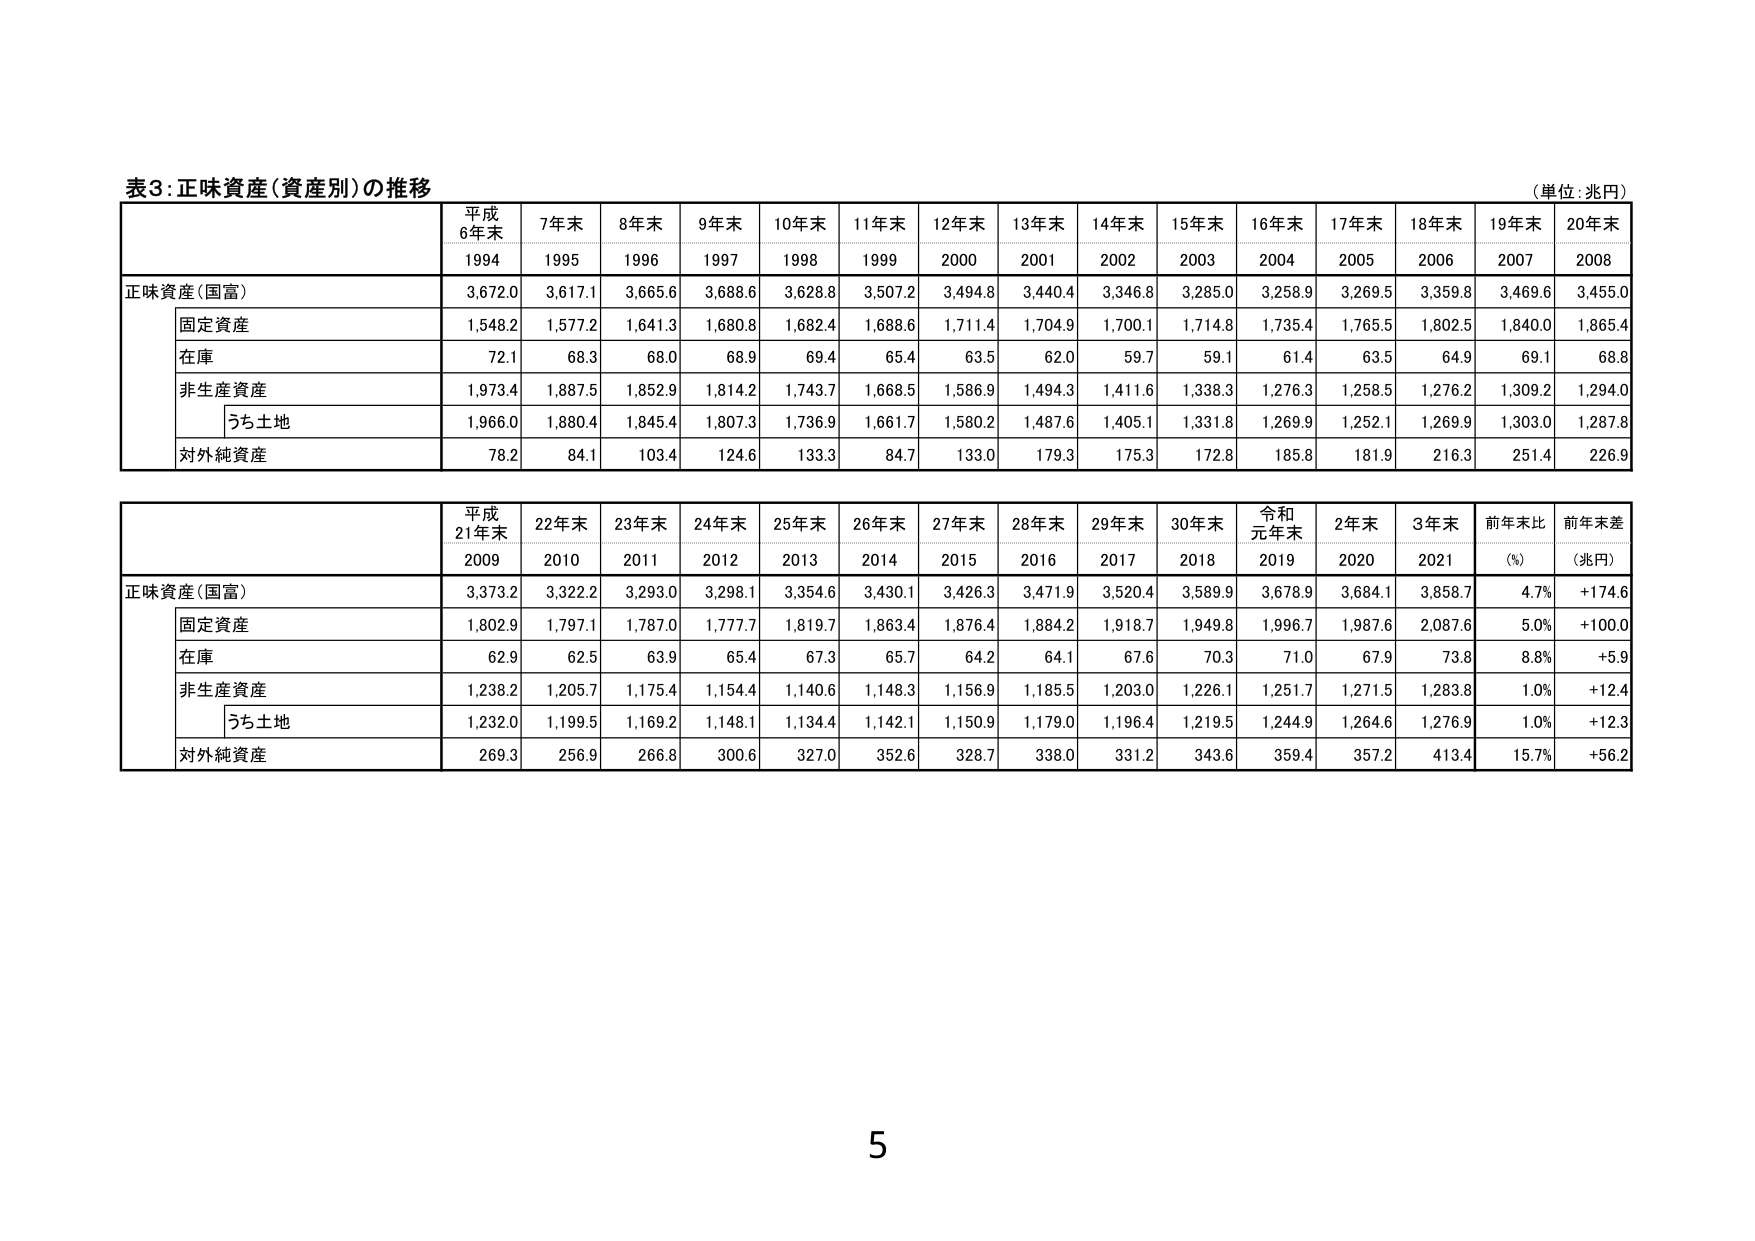
表3:正味資産(資産別)の推移
(単位:兆円)
平成
6年末
7年末
8年末
9年末
10年末
11年末
12年末
13年末
14年末
15年末
16年末
17年末
18年末
19年末
20年末
1994
1995
1996
1997
1998
1999
2000
2001
2002
2003
2004
2005
2006
2007
2008
正味資産(国富)
3,672.0
3,617.1
3,665.6
3,688.6
3,628.8
3,507.2
3,494.8
3,440.4
3,346.8
3,285.0
3,258.9
3,269.5
3,359.8
3,469.6
3,455.0
固定資産
1,548.2
1,577.2
1,641.3
1,680.8
1,682.4
1,688.6
1,711.4
1,704.9
1,700.1
1,714.8
1,735.4
1,765.5
1,802.5
1,840.0
1,865.4
在庫
72.1
68.3
68.0
68.9
69.4
65.4
63.5
62.0
59.7
59.1
61.4
63.5
64.9
69.1
68.8
非生産資産
1,973.4
1,887.5
1,852.9
1,814.2
1,743.7
1,668.5
1,586.9
1,494.3
1,411.6
1,338.3
1,276.3
1,258.5
1,276.2
1,309.2
1,294.0
うち土地
1,966.0
1,880.4
1,845.4
1,807.3
1,736.9
1,661.7
1,580.2
1,487.6
1,405.1
1,331.8
1,269.9
1,252.1
1,269.9
1,303.0
1,287.8
対外純資産
78.2
84.1
103.4
124.6
133.3
84.7
133.0
179.3
175.3
172.8
185.8
181.9
216.3
251.4
226.9
平成
21年末
22年末
23年末
24年末
25年末
26年末
27年末
28年末
29年末
30年末
令和
元年末
2年末
3年末
前年末比
前年末差
2009
2010
2011
2012
2013
2014
2015
2016
2017
2018
2019
2020
2021
(%)
(兆円)
正味資産(国富)
3,373.2
3,322.2
3,293.0
3,298.1
3,354.6
3,430.1
3,426.3
3,471.9
3,520.4
3,589.9
3,678.9
3,684.1
3,858.7
4.7%
+174.6
固定資産
1,802.9
1,797.1
1,787.0
1,777.7
1,819.7
1,863.4
1,876.4
1,884.2
1,918.7
1,949.8
1,996.7
1,987.6
2,087.6
5.0%
+100.0
在庫
62.9
62.5
63.9
65.4
67.3
65.7
64.2
64.1
67.6
70.3
71.0
67.9
73.8
8.8%
+5.9
非生産資産
1,238.2
1,205.7
1,175.4
1,154.4
1,140.6
1,148.3
1,156.9
1,185.5
1,203.0
1,226.1
1,251.7
1,271.5
1,283.8
1.0%
+12.4
うち土地
1,232.0
1,199.5
1,169.2
1,148.1
1,134.4
1,142.1
1,150.9
1,179.0
1,196.4
1,219.5
1,244.9
1,264.6
1,276.9
1.0%
+12.3
対外純資産
269.3
256.9
266.8
300.6
327.0
352.6
328.7
338.0
331.2
343.6
359.4
357.2
413.4
15.7%
+56.2
5